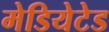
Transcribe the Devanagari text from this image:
मेडियेटेड